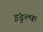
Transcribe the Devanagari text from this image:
इंडुल्फ